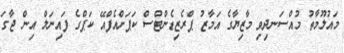
މައުލޫމާތު މުއްސަނދިވި މާޒިޔާގެ އަމާޒު ޕްރެޒިޑެންޓްސް ކަޕަށްއެފްއޭ ކަޕްގެ ފައިނަލް އިން ޖާގަ